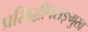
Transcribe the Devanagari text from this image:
प्रसिद्धीपराङ्‌मुख